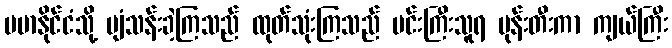
ဗမာနိုင်ငံသို့ ပျံသန်းခဲ့ကြသည် ထုတ်သုံးကြသည် မင်းကြီးသူရ မုန်းတီးကာ ကျယ်ကြီး